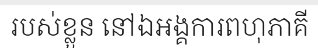
របស់ខ្លួន នៅឯអង្គការពហុភាគី